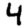
Digit: 4